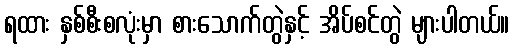
ရထား နှစ်စီးစလုံးမှာ စားသောက်တွဲနှင့် အိပ်စင်တွဲ များပါတယ်။